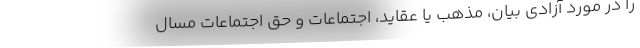
را در مورد آزادی بیان، مذهب یا عقاید، اجتماعات و حق اجتماعات مسال